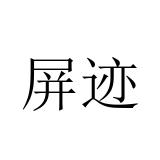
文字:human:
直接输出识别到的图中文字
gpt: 屏迹